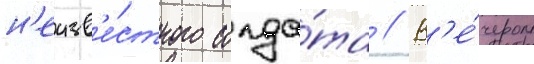
н'еизв'е́стного солда́та // В'е́чером